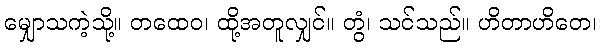
မျှောသကဲ့သို့။ တထေဝ၊ ထို့အတူလျှင်။ တွံ၊ သင်သည်။ ဟိတာဟိတေ၊